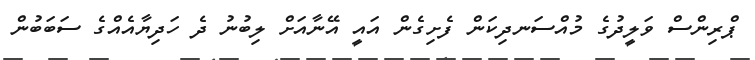
ޕްރިންސް ވަލީދުގެ މުއްސަނދިކަން ފެށިގެން އައީ އޭނާއަށް ލިބުނު ދެ ހަދިޔާއެއްގެ ސަބަބުން